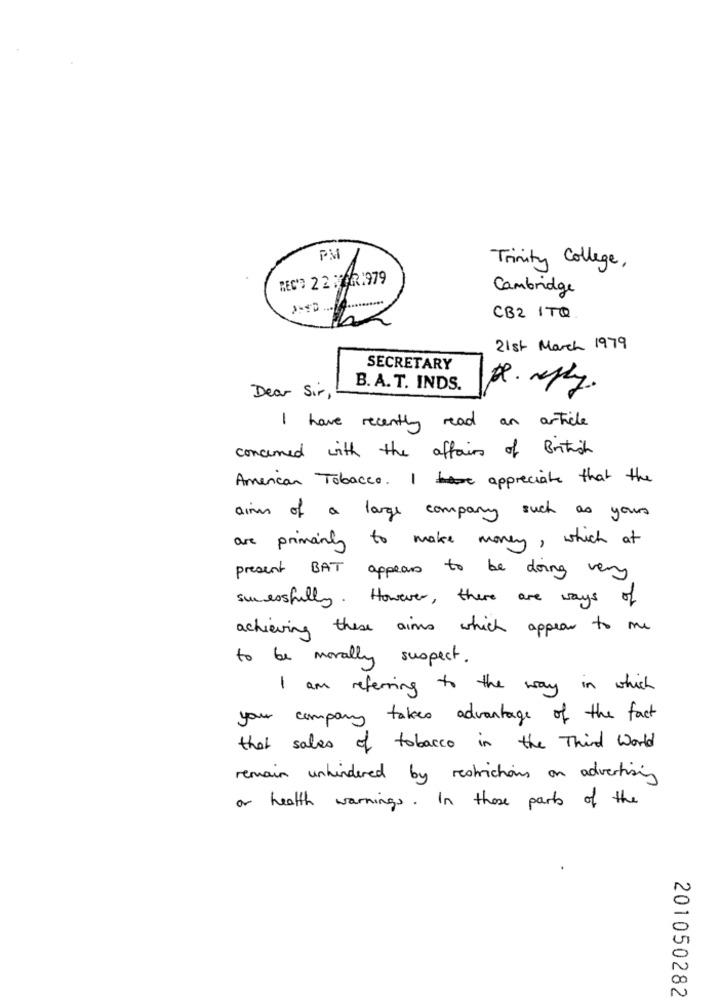
PM
Trinity College,
REC'D 22 1321979
Cambridge
CB2 1TQ
21st March 1979
SECRETARY
B. A. T. INDS.
Dear Sir ,
I have recently read an article
concerned with the affairs of British
American Tobacco. I appreciate that the
aim of a large company such as yours
are primarily to make money, which at
present BAT appears to be doing very
sucessfully . However , there are ways
of
achieving these aims which appear to me
to be morally suspect.
I am referring to the way in which
your company takes advantage of the fact
that sales of tobacco in the Third World
remain unhindered by restrictions on advertising
or health warnings. In these parts of the
201050282